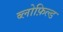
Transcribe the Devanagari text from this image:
ब्लोफ़िल्ड